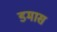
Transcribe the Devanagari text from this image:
डमास